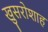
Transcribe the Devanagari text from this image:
खुसरोशाह